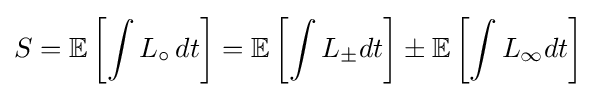
S=\mathbb {E} \left[\int L_{\circ }\,dt\right]=\mathbb {E} \left[\int L_{\pm }dt\right]\pm \mathbb {E} \left[\int L_{\infty }dt\right]